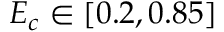
E _ { c } \in [ 0 . 2 , 0 . 8 5 ]